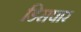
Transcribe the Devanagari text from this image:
डिसपार